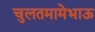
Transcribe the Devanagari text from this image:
चुलतमामेभाऊ